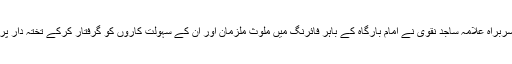
قائد ملت جعفریہ کے سربراہ علامہ ساجد نقوی نے امام بارگاہ کے باہر فائرنگ میں ملوث ملزمان اور ان کے سہولت کاروں کو گرفتار کرکے تختہ دار پر لٹکانے کا مطالبہ کیا۔